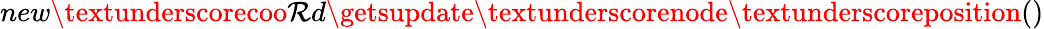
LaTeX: new\textunderscorecoo\mathcal{R}d\getsupdate\textunderscorenode\textunderscoreposition()